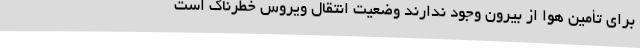
برای تأمین هوا از بیرون وجود ندارند وضعیت انتقال ویروس خطرناک است